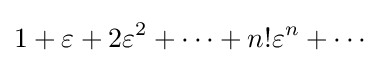
1+\varepsilon +2\varepsilon ^{2}+\cdots +n!\varepsilon ^{n}+\cdots